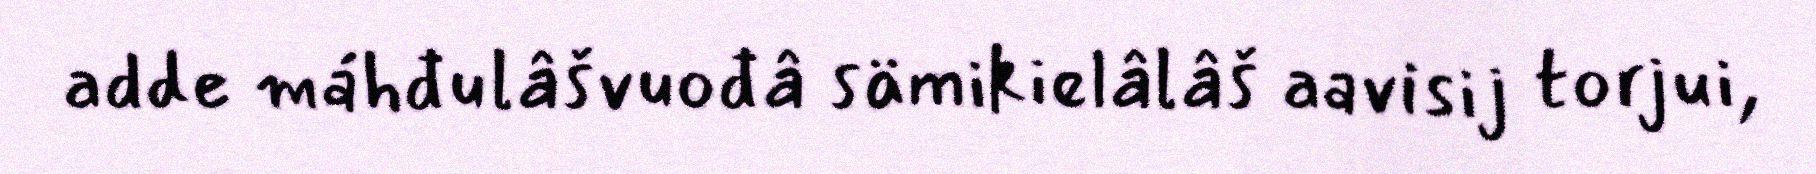
adde máhđulâšvuođâ sämikielâlâš aavisij torjui,